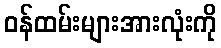
ဝန်ထမ်းများအားလုံးကို